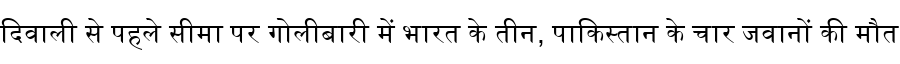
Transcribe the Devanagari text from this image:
दिवाली से पहले सीमा पर गोलीबारी में भारत के तीन, पाकिस्तान के चार जवानों की मौत